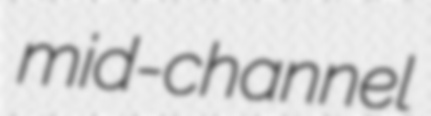
mid-channel